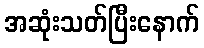
အဆုံးသတ်ပြီးနောက်